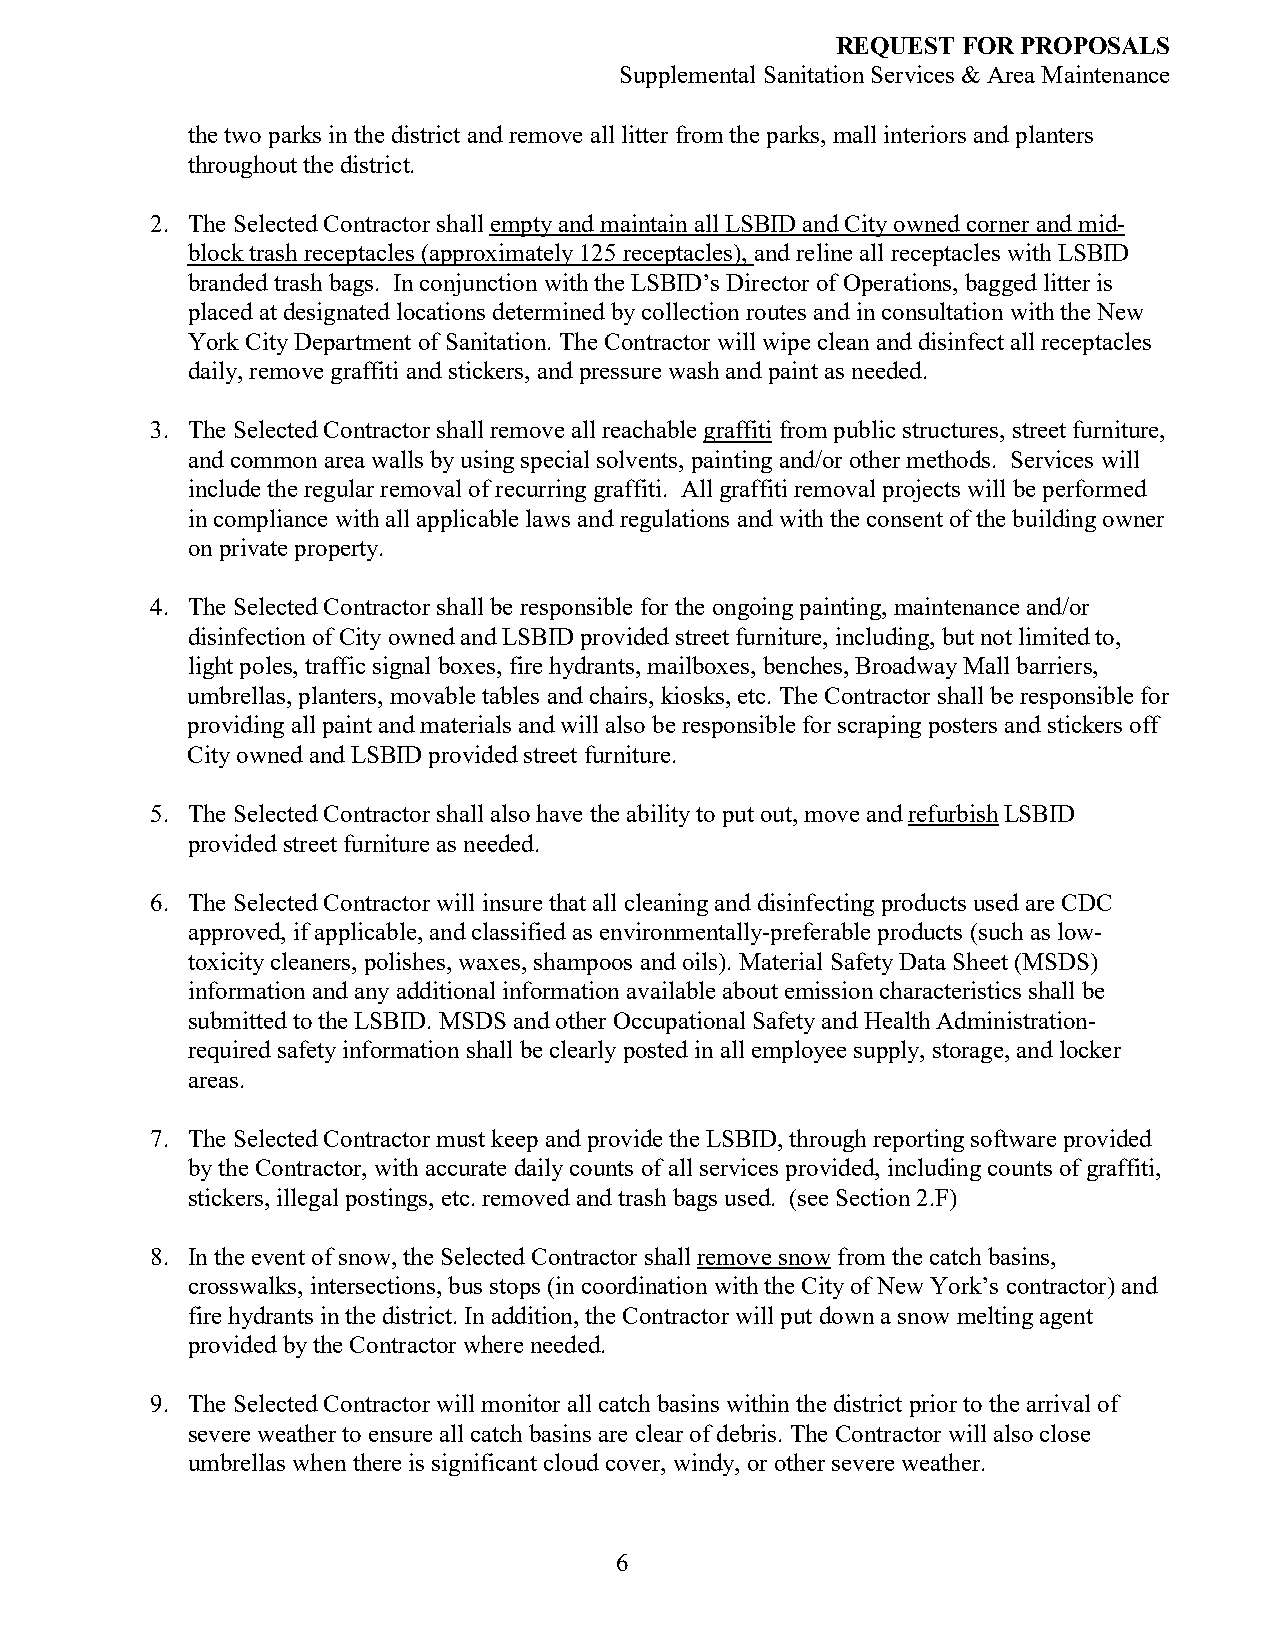
REQUEST  FOR PROPOSALS
 Supplemental Sanitation Services & Area Maintenance
 the two parks in the district and remove all litter from the parks, mall interiors and planters
 throughout the district.
 2. The Selected Contractor shall empty and maintain all LSBID and City owned corner and mid-
 block trash receptacles (approximately 125 receptacles), and reline all receptacles with LSBID
 branded trash bags. In conjunction with the LSBID’s Director of Operations, bagged litter is
 placed at designated locations determined by collection routes and in consultation with the New
 York City Department of Sanitation. The Contractor will wipe clean and disinfect all receptacles
 daily, remove graffiti and stickers, and pressure wash and paint as needed.
 3. The Selected Contractor shall remove all reachable graffiti from public structures, street furniture,
 and common area walls by using special solvents, painting and/or other methods. Services will
 include the regular removal of recurring graffiti. All graffiti removal projects will be performed
 in compliance with all applicable laws and regulations and with the consent of the building owner
 on private property.
 4. The Selected Contractor shall be responsible for the ongoing painting, maintenance and/or
 disinfection of City owned and LSBID provided street furniture, including, but not limited to,
 light poles, traffic signal boxes, fire hydrants, mailboxes, benches, Broadway Mall barriers,
 umbrellas, planters, movable tables and chairs, kiosks, etc. The Contractor shall be responsible for
 providing all paint and materials and will also be responsible for scraping posters and stickers off
 City owned and LSBID provided street furniture.
 5. The Selected Contractor shall also have the ability to put out, move and refurbish LSBID
 provided street furniture as needed.
 6. The Selected Contractor will insure that all cleaning and disinfecting products used are CDC
 approved, if applicable, and classified as environmentally-preferable products (such as low-
 toxicity cleaners, polishes, waxes, shampoos and oils). Material Safety Data Sheet (MSDS)
 information and any additional information available about emission characteristics shall be
 submitted to the LSBID. MSDS and other Occupational Safety and Health Administration-
 required safety information shall be clearly posted in all employee supply, storage, and locker
 areas.
 7. The Selected Contractor must keep and provide the LSBID, through reporting software provided
 by the Contractor, with accurate daily counts of all services provided, including counts of graffiti,
 stickers, illegal postings, etc. removed and trash bags used. (see Section 2.F)
 8. In the event of snow, the Selected Contractor shall remove snow from the catch basins,
 crosswalks, intersections, bus stops (in coordination with the City of New York’s contractor) and
 fire hydrants in the district. In addition, the Contractor will put down a snow melting agent
 provided by the Contractor where needed.
 9. The Selected Contractor will monitor all catch basins within the district prior to the arrival of
 severe weather to ensure all catch basins are clear of debris. The Contractor will also close
 umbrellas when there is significant cloud cover, windy, or other severe weather.
 6